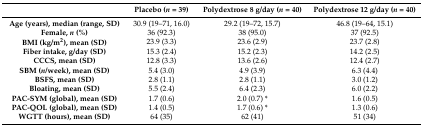
<table><thead><tr><td></td><td><b>Placebo (<i>n</i> = 39)</b></td><td><b>Polydextrose 8 g/day (<i>n</i> = 40)</b></td><td><b>Polydextrose 12 g/day (<i>n</i> = 40)</b></td></tr></thead><tbody><tr><td><b>Age (years), median (range, SD)</b></td><td>30.9 (19–71, 16.0)</td><td>29.2 (19–72, 15.7)</td><td>46.8 (19–64, 15.1)</td></tr><tr><td><b>Female, <i>n</i> (%)</b></td><td>36 (92.3)</td><td>38 (95.0)</td><td>37 (92.5)</td></tr><tr><td><b>BMI (kg/m<sup>2</sup>), mean (SD)</b></td><td>23.9 (3.3)</td><td>23.6 (2.9)</td><td>23.7 (2.8)</td></tr><tr><td><b>Fiber intake, g/day (SD)</b></td><td>15.3 (2.4)</td><td>15.2 (2.3)</td><td>14.2 (2.5)</td></tr><tr><td><b>CCCS, mean (SD)</b></td><td>12.8 (3.3)</td><td>13.6 (2.6)</td><td>12.4 (2.7)</td></tr><tr><td><b>SBM (<i>n</i>/week), mean (SD)</b></td><td>5.4 (3.0)</td><td>4.9 (3.9)</td><td>6.3 (4.4)</td></tr><tr><td><b>BSFS, mean (SD)</b></td><td>2.8 (1.1)</td><td>2.8 (1.1)</td><td>3.0 (1.2)</td></tr><tr><td><b>Bloating, mean (SD)</b></td><td>5.5 (2.4)</td><td>6.4 (2.3)</td><td>6.0 (2.2)</td></tr><tr><td><b>PAC-SYM (global), mean (SD)</b></td><td>1.7 (0.6)</td><td>2.0 (0.7) *</td><td>1.6 (0.5)</td></tr><tr><td><b>PAC-QOL (global), mean (SD)</b></td><td>1.4 (0.5)</td><td>1.7 (0.6) *</td><td>1.3 (0.6)</td></tr><tr><td><b>WGTT (hours), mean (SD)</b></td><td>64 (35)</td><td>62 (41)</td><td>51 (34)</td></tr></tbody></table>